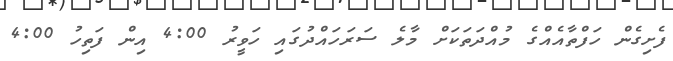
ފެށިގެން ހަފްތާއެއްގެ މުއްދަތަކަށް މާލެ ސަރަހައްދުގައި ހަވީރު 4:00 އިން ފަތިހު 4:00